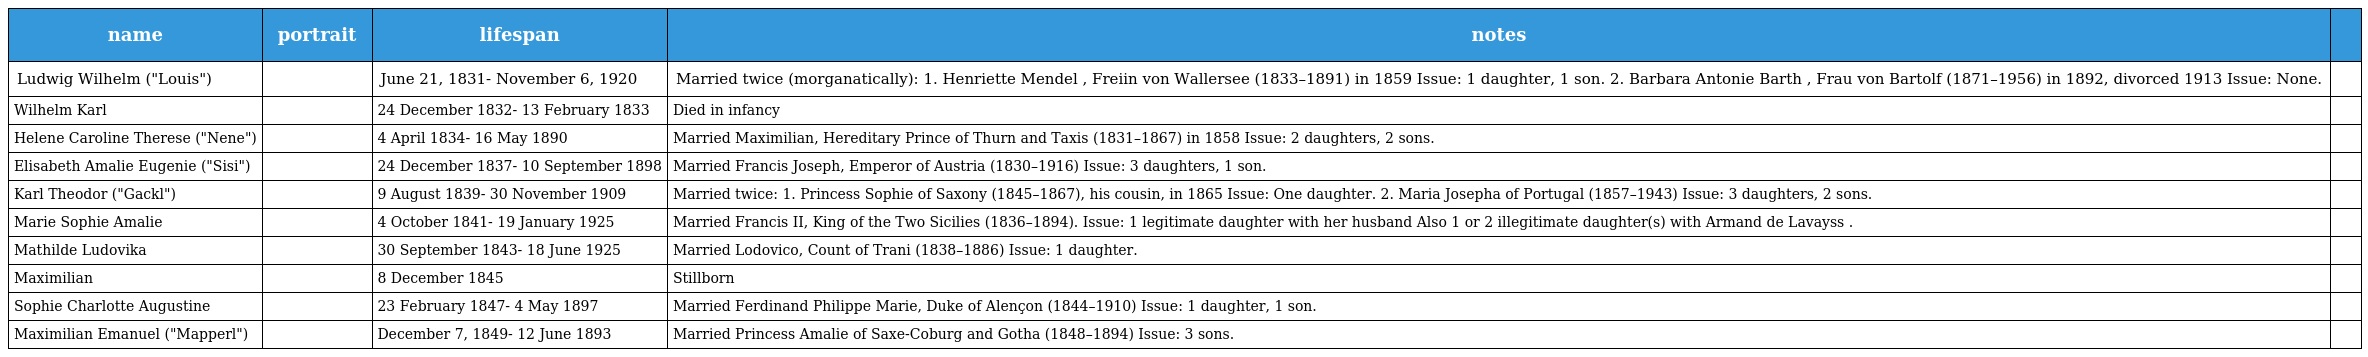
| name | portrait | lifespan | notes |  |
 | --- | --- | --- | --- | --- |
 | Ludwig Wilhelm ("Louis") |  | June 21, 1831- November 6, 1920 | Married twice (morganatically): 1. Henriette Mendel , Freiin von Wallersee (1833–1891) in 1859 Issue: 1 daughter, 1 son. 2. Barbara Antonie Barth , Frau von Bartolf (1871–1956) in 1892, divorced 1913 Issue: None. |  |
 | Wilhelm Karl |  | 24 December 1832- 13 February 1833 | Died in infancy |  |
 | Helene Caroline Therese ("Nene") |  | 4 April 1834- 16 May 1890 | Married Maximilian, Hereditary Prince of Thurn and Taxis (1831–1867) in 1858 Issue: 2 daughters, 2 sons. |  |
 | Elisabeth Amalie Eugenie ("Sisi") |  | 24 December 1837- 10 September 1898 | Married Francis Joseph, Emperor of Austria (1830–1916) Issue: 3 daughters, 1 son. |  |
 | Karl Theodor ("Gackl") |  | 9 August 1839- 30 November 1909 | Married twice: 1. Princess Sophie of Saxony (1845–1867), his cousin, in 1865 Issue: One daughter. 2. Maria Josepha of Portugal (1857–1943) Issue: 3 daughters, 2 sons. |  |
 | Marie Sophie Amalie |  | 4 October 1841- 19 January 1925 | Married Francis II, King of the Two Sicilies (1836–1894). Issue: 1 legitimate daughter with her husband Also 1 or 2 illegitimate daughter(s) with Armand de Lavayss . |  |
 | Mathilde Ludovika |  | 30 September 1843- 18 June 1925 | Married Lodovico, Count of Trani (1838–1886) Issue: 1 daughter. |  |
 | Maximilian |  | 8 December 1845 | Stillborn |  |
 | Sophie Charlotte Augustine |  | 23 February 1847- 4 May 1897 | Married Ferdinand Philippe Marie, Duke of Alençon (1844–1910) Issue: 1 daughter, 1 son. |  |
 | Maximilian Emanuel ("Mapperl") |  | December 7, 1849- 12 June 1893 | Married Princess Amalie of Saxe-Coburg and Gotha (1848–1894) Issue: 3 sons. |  |